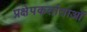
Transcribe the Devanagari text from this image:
प्रक्षेपकर्ताताओं